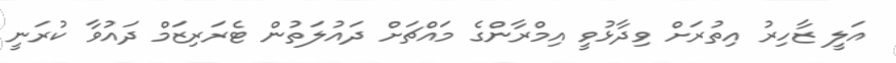
އަލީ ޒާހިރު އިތުރަށް ވިދާޅުވީ އިމްރާންގެ މައްޗަށް ދައުލަތުން ޓެރަރިޒަމް ދައުވާ ކުރަނީ